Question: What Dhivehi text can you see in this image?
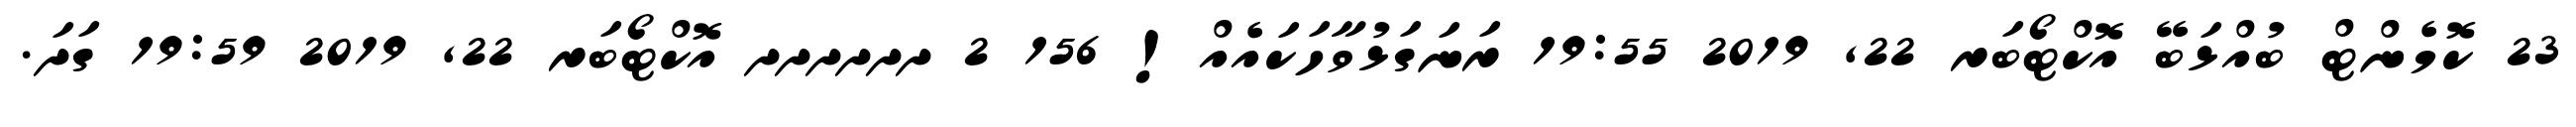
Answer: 23 ކޮމެންޓް ބުއްޅަބޭ އޮކްޓޯބަރ 22, 2019 19:55 ރަނަގަޅުވާހަކައެއް! 156 2 ދދދދދދ އޮކްޓޯބަރ 22, 2019 19:59 ގަދަ.